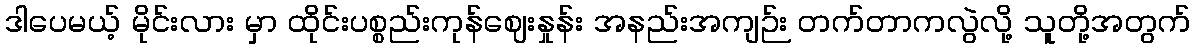
ဒါပေမယ့် မိုင်းလား မှာ ထိုင်းပစ္စည်းကုန်ဈေးနှုန်း အနည်းအကျဉ်း တက်တာကလွဲလို့ သူတို့အတွက်